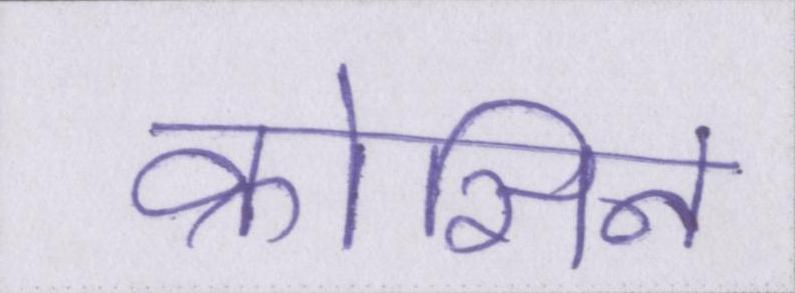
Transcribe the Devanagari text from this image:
क्रोसिन